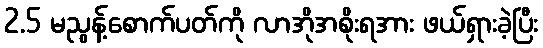
2.5 မညွန့်စောက်ပတ်ကို လာအိုအစိုးရအား ဖယ်ရှားခဲ့ပြီး